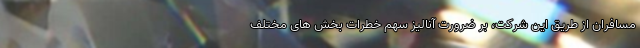
مسافران از طریق این شرکت، بر ضرورت آنالیز سهم خطرات بخش های مختلف